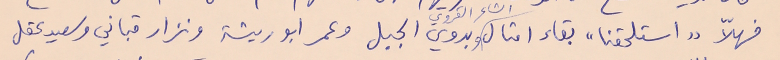
فهلاً "استلحقنا" بقاء امثال الشاعر القروي وبدوي الجبل وعمر ابو ريشة ونزار قباني وسعيد عقل